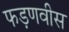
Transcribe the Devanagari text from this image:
फड़णवीस